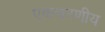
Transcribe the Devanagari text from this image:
एकचरणीय